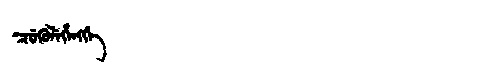
Manchu: ᠴᡠᡴᡠᠯᡝᡥᡝᠩᡤᡝ
Romanization: CUKULEHENGGE